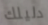
دليلك